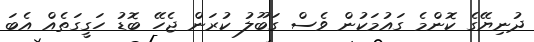
ދުނިޔޭގެ ކޮންމެ ގައުމަކުން ވެސް ގަބޫލު ކުރަން ޖެހޭ ބޮޑު ހަގީގަތެއް އެބަ